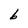
Character: b